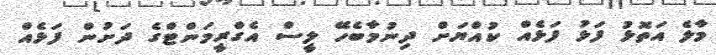
މާލެ އަތޮޅު ފަޅު ފަޅެއް ކުއްޔަށް ދިނުމާބެހޭ ލީސް އެގްރީމަންޓްގެ ދަށުން ފަޅެއް